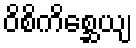
ဝိစိကိစ္ဆေယျ